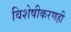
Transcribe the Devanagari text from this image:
विशेषीकरणही